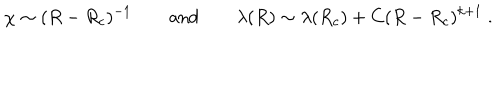
LaTeX: \chi \sim ( R - R _ { c } ) ^ { - 1 } \qquad \mathrm { a n d } \qquad \lambda ( R ) \sim \lambda ( R _ { c } ) + C ( R - R _ { c } ) ^ { k + 1 } \ .